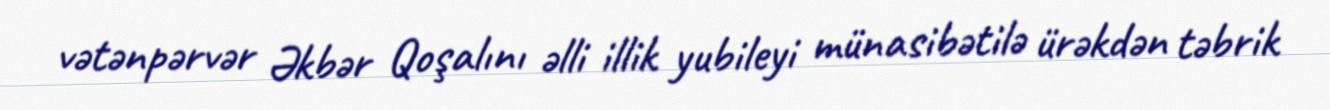
vətənpərvər Əkbər Qoşalını əlli illik yubileyi münasibətilə ürəkdən təbrik